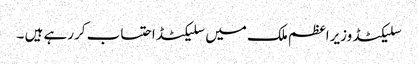
سلیکٹڈ وزیراعظم ملک میں سلیکٹڈ احتساب کررہے ہیں ۔